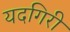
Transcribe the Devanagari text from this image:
यदगिरी